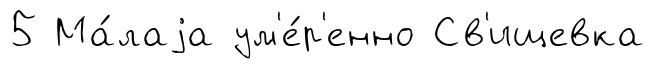
5 Ма́лаjа ум'е́р'енно Св'ищевка